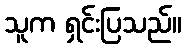
သူက ရှင်းပြသည်။